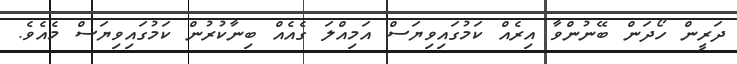
ދަރީން ހޯދަން ބޭނުންވާ އިރެއް ކަމުގައިވިޔަސް އަމިއްލަ ގެއެއް ބިނާކުރުން ކަމުގައިވިޔަސް މެއެވެ.